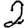
Digit: 2